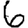
Digit: 6